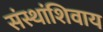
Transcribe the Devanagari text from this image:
संस्थांशिवाय